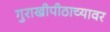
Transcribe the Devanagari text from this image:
गुराखीपीठाच्यावर